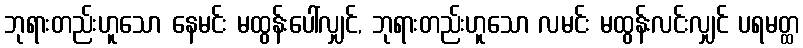
ဘုရားတည်းဟူသော နေမင်း မထွန်းပေါ်လျှင်, ဘုရားတည်းဟူသော လမင်း မထွန်းလင်းလျှင် ပရမတ္ထ